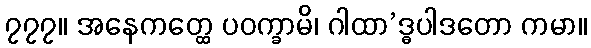
၇၇၇။ အနေကတ္ထေ ပဝက္ခာမိ၊ ဂါထာ’ဒ္ဓပါဒတော ကမာ။